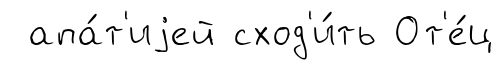
апа́т'иjей сход'и́ть От'е́ц